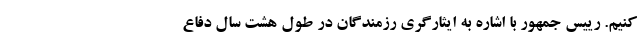
کنیم. رییس جمهور با اشاره به ایثارگری رزمندگان در طول هشت سال دفاع